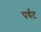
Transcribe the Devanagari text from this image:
पर्यंट